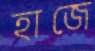
হাজে